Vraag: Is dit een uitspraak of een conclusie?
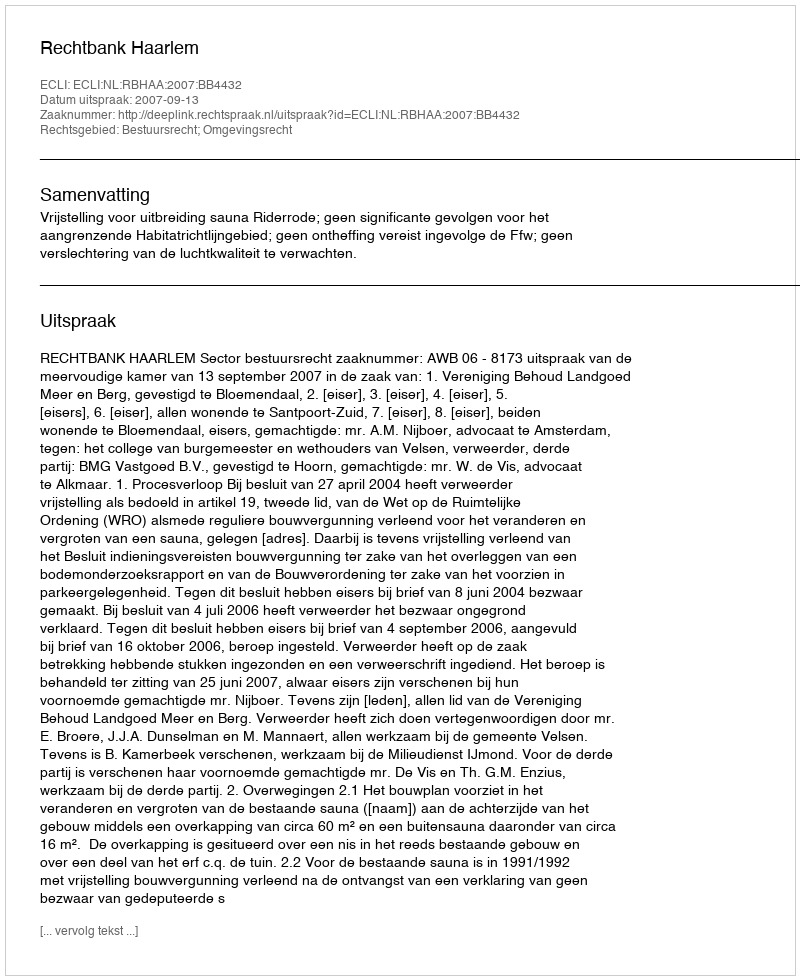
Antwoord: Uitspraak